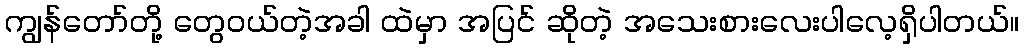
ကျွန်တော်တို့ တွေဝယ်တဲ့အခါ ထဲမှာ အပြင် ဆိုတဲ့ အသေးစားလေးပါလေ့ရှိပါတယ်။